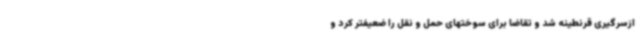
ازسرگیری قرنطینه شد و تقاضا برای سوختهای حمل و نقل را ضعیفتر کرد و